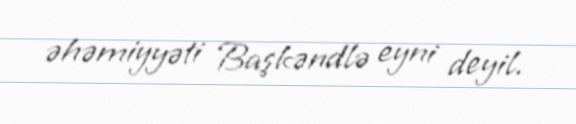
əhəmiyyəti Başkəndlə eyni deyil.